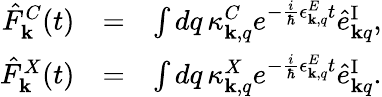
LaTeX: \begin{array}{rlr}{\hat{F}_{\mathbf k}^{C}(t)}&{=}&{\int dq\, \kappa_{{\mathbf k},q}^{C}e^{-\frac{i}{\hbar}\epsilon_{{\mathbf k},q}^{E}t}\hat{e}_{{\mathbf k}q}^{\mathrm{I}},}\\ {\hat{F}_{\mathbf k}^{X}(t)}&{=}&{\int dq\, \kappa_{{\mathbf k},q}^{X}e^{-\frac{i}{\hbar}\epsilon_{{\mathbf k},q}^{E}t}\hat{e}_{{\mathbf k}q}^{\mathrm{I}}.}\end{array}